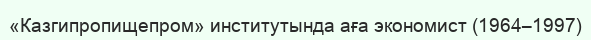
«Казгипропищепром» институтында аға экономист (1964–1997)